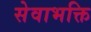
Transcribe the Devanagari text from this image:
सेवाभक्ति